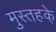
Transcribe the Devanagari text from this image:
मुस्तहके़